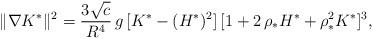
LaTeX: \begin{align*}\|\nabla K^{*}\|^{2}=\frac{3\sqrt{c}}{R^{4}}\,g\,[K^*-(H^*)^2]\,[1+2\,\rho_{*}H^{*}+\rho_*^2 K^*]^{3},\end{align*}